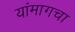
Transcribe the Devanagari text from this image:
यांमागचा